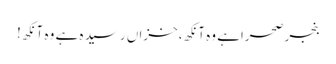
بنجرصحراہے وہ آنکھ،خزاں رسید ہ ہے وہ آنکھ!